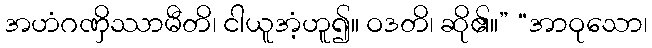
အဟံဂဏှိဿာမီတိ၊ ငါယူအံ့ဟူ၍။ ဝဒတိ၊ ဆို၏။” “အာဝုသော၊